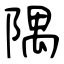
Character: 隅